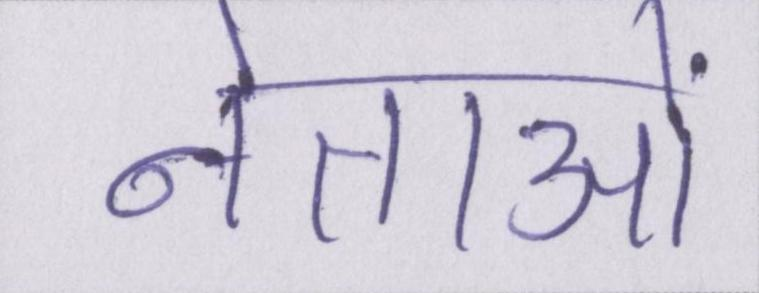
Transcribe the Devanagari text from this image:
नेताओं